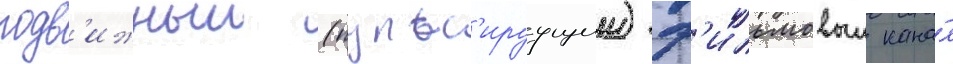
подв'ижныи (пульс'ируущии) ф'ильмовыи кана́л